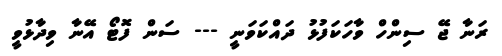
ރަނާ ޖޭ ސިންހް ވާހަކަފުޅު ދައްކަވަނީ --- ސަން ފޮޓޯ އޭނާ ވިދާޅުވީ